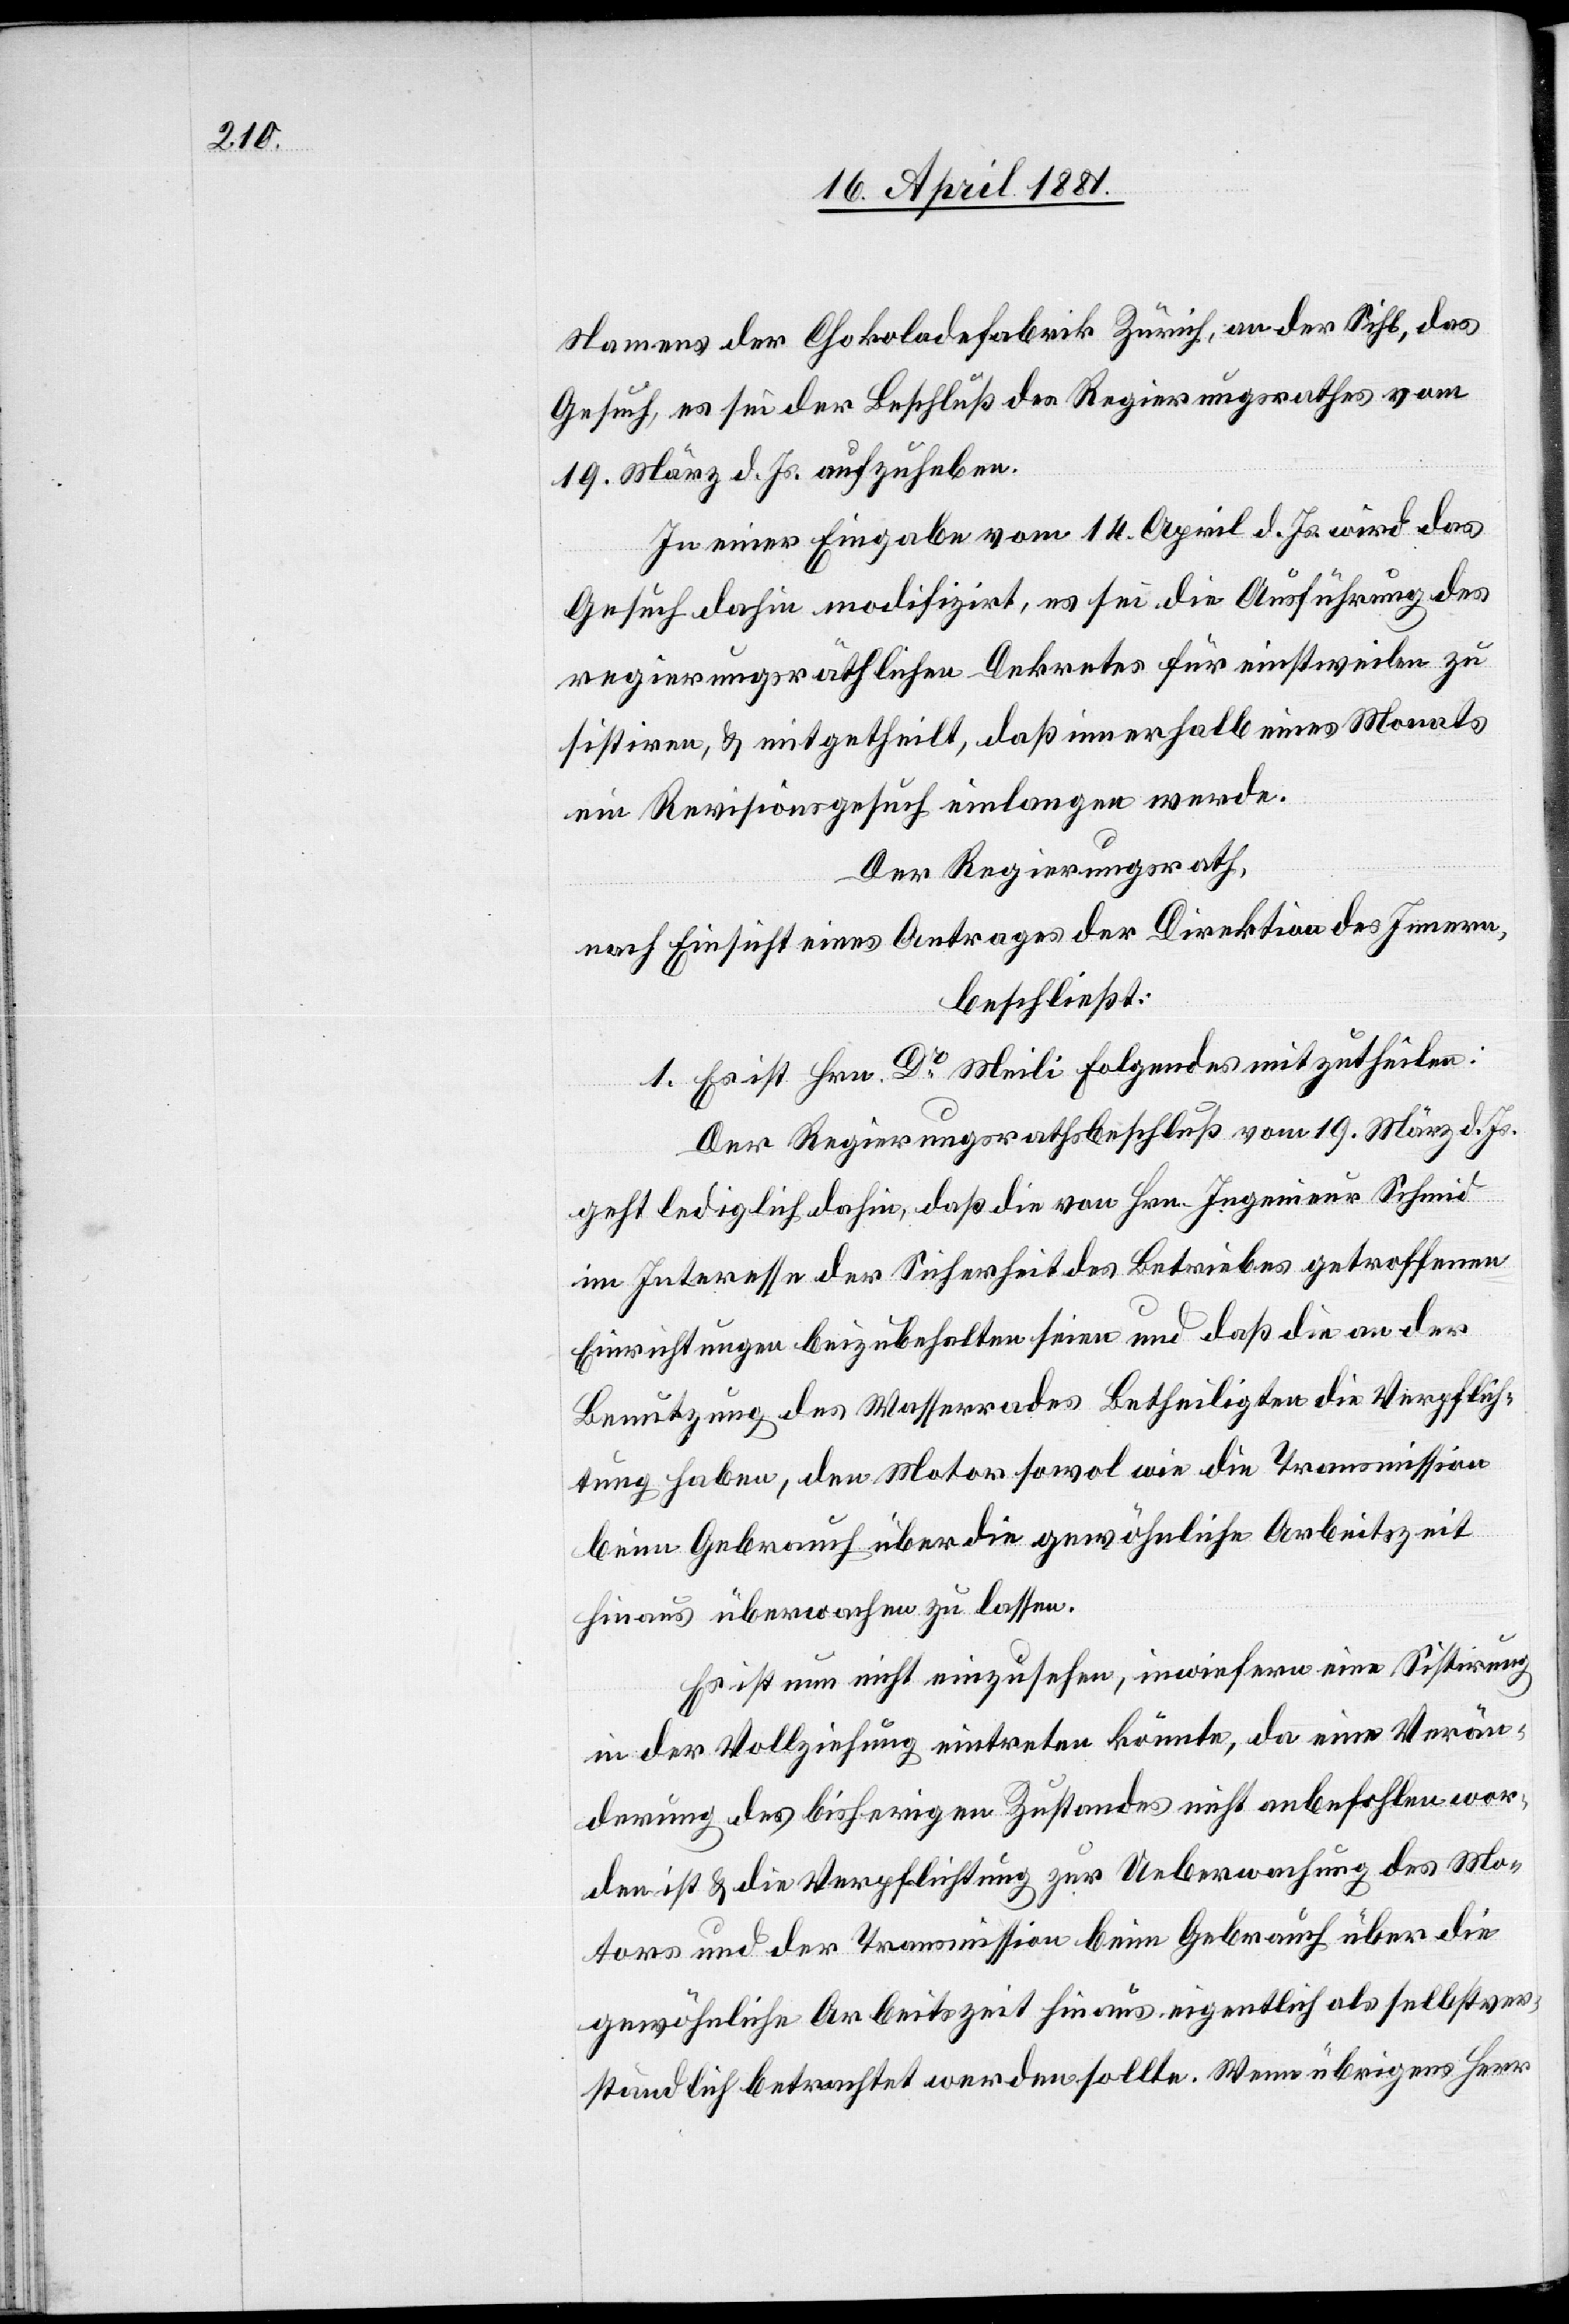
Namens der Chokoladenfabrik Zürich, an der Sihl, das
Gesuch, es sei der Beschluß des Regierungsrathes vom
19. März d. Js. aufzuheben.
In einer Eingabe vom 14. April d. Js. wird das
Gesuch dahin modifizirt, es sei die Ausführung des
regierungsräthlichen Dekretes für einstweilen zu
sistiren, & mitgetheilt, daß innerhalb eines Monats
ein Revisionsgesuch einlangen werde.
Der Regierungsrath,
nach Einsicht eines Antrages der Direktion des Innern,
beschließt:
1. Es ist Hrn. Dr Meili folgendes mitzutheilen:
Der Regierungsrathsbeschluß vom 19. März d. Js.
geht lediglich dahin, daß die von Hrn. Ingenieur Schmid
im Interesse der Sicherheit des Betriebes getroffenen
Einrichtungen beizubehalten seien und daß die an der
Benutzung des Wasserrades Betheiligten die Verpflich¬
tung haben, den Motor sowol wie die Transmission
beim Gebrauch über die gewöhnliche Arbeitszeit
hinaus überwachen zu lassen.
Es ist nun nicht einzusehen, inwiefern eine Sistirung
in der Vollziehung eintreten könnte, da eine Verän¬
derung des bisherigen Zustandes nicht anbefohlen wor¬
den ist & die Verpflichtung zur Ueberwachung des Mo¬
tors und der Transmission beim Gebrauch über die
gewöhnliche Arbeitszeit hinaus, eigentlich als selbstver¬
ständlich betrachtet werden sollte. Wenn übrigens Herr